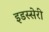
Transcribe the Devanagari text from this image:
इडस्सेरी